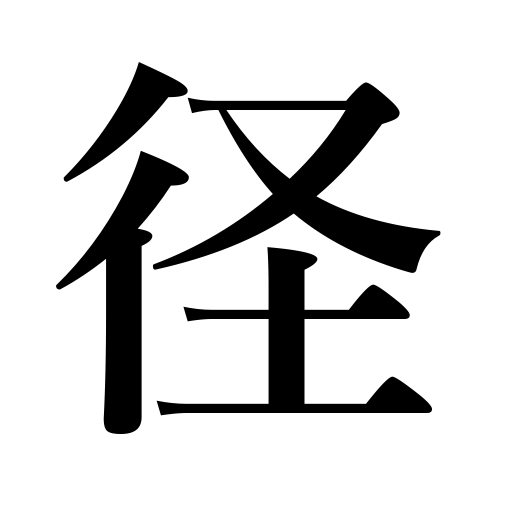
Meanings: method,diameter,path